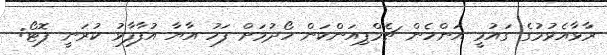
ރާޅާއެޅުމުގެ ގައުމީ އަންހެން ޗެމްޕިއަންކަން ހޯދުމަށް ފަހު އާޔާ އުފާފާޅު ކުރަނީ ފޮޓޯ: